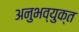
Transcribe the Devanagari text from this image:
अनुभव्युक्त